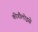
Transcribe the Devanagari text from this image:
कीगौलोइसे